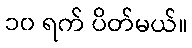
၁၀ ရက် ပိတ်မယ်။